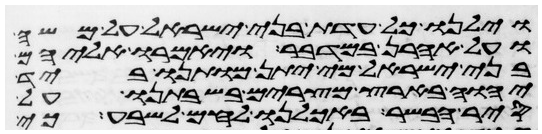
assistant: וילנו כל עדת בני ישראל על משה
ועל אהרן במדבר ויאמרו אליהם
בני ישראל מי יתן מותנו ביד
יהוה בארץ מצרים בשבתנו על
סיר הבשר באכלנו לחם לשבע כי